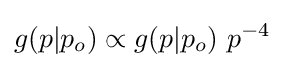
g(p|p_{o})\propto g(p|p_{o})\ p^{-4}